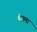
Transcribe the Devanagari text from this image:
चंगमा